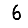
Digit: 6